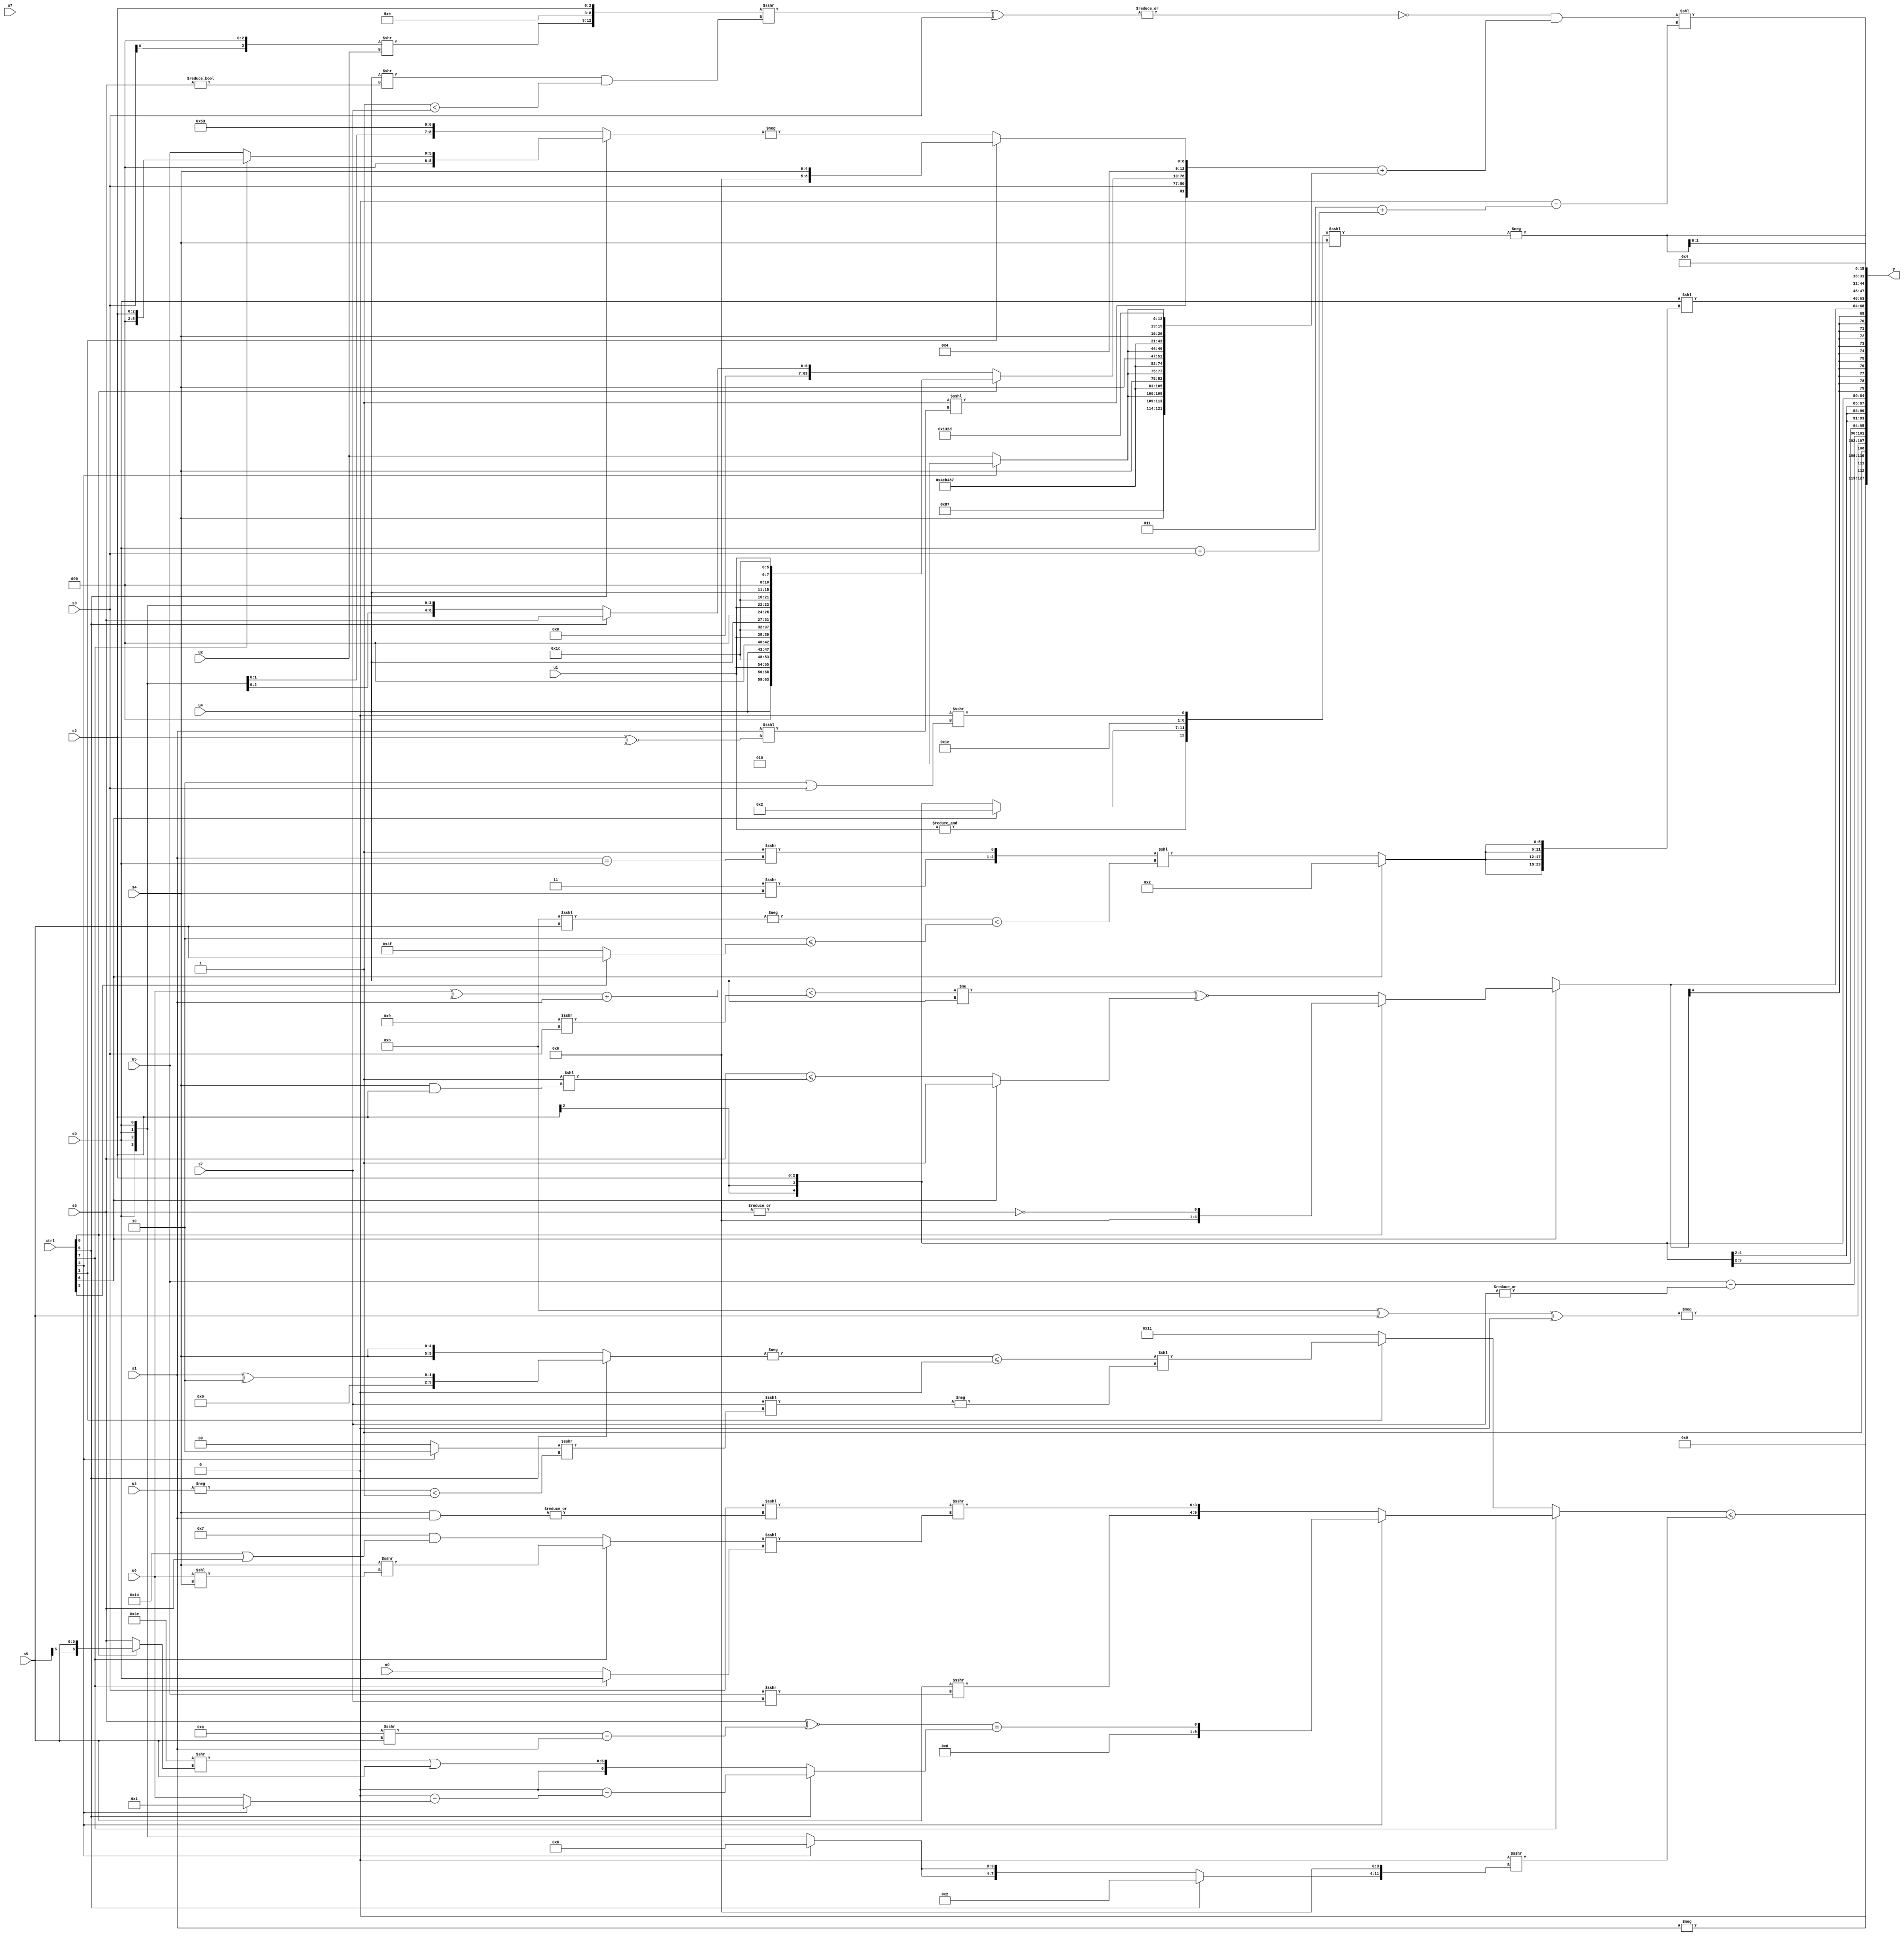
module wideexpr_00887(ctrl, u0, u1, u2, u3, u4, u5, u6, u7, s0, s1, s2, s3, s4, s5, s6, s7, y);
  input [7:0] ctrl;
  input [0:0] u0;
  input [1:0] u1;
  input [2:0] u2;
  input [3:0] u3;
  input [4:0] u4;
  input [5:0] u5;
  input [6:0] u6;
  input [7:0] u7;
  input signed [0:0] s0;
  input signed [1:0] s1;
  input signed [2:0] s2;
  input signed [3:0] s3;
  input signed [4:0] s4;
  input signed [5:0] s5;
  input signed [6:0] s6;
  input signed [7:0] s7;
  output [127:0] y;
  wire [15:0] y0;
  wire [15:0] y1;
  wire [15:0] y2;
  wire [15:0] y3;
  wire [15:0] y4;
  wire [15:0] y5;
  wire [15:0] y6;
  wire [15:0] y7;
  assign y = {y0,y1,y2,y3,y4,y5,y6,y7};
  assign y0 = ((ctrl[7]?(ctrl[3]?((+(s6))^~((+(((2'b11)+(5'sb00111))>>>($signed(s5))))-($signed(s1))))==((ctrl[5]?(2'sb00)-((($signed(s4))<<((5'sb11110)>>>(5'b11001)))-($signed((ctrl[3]?1'b1:u6)))):$signed((((1'sb1)^~(3'b000))>>((ctrl[0]?s5:s6)))|(s5)))):{(s5)>>>((({u5,(ctrl[7]?s6:6'sb111100),3'sb100,s1})>>>(+(4'sb1100)))>>>(s7)),((s3)<<<(|({4{(s4)&(s1)}})))>>>(((ctrl[7]?(s4)>>>((u6)<<(s4)):($signed(6'sb000111))&((6'sb010100)|(s6))))<<<(((ctrl[7]?-(s0):-(u0)))|(1'sb0)))}):(ctrl[1]?((-((ctrl[5]?$signed((s1)^(2'sb10)):{2{$unsigned(s4)}})))<=($signed(~(~&((2'b00)<<<(6'sb011110))))))<<(-((s7)<<<(((ctrl[3]?(3'sb101)^~(1'b0):(1'sb1)<<(6'sb010100)))>>>((-(u3))<(+(2'sb01)))))):5'b10001)))<=({(3'sb000)>>>({(ctrl[5]?4'sb0010:$signed({2{{1{(ctrl[3]?4'sb0110:s0)}}}})),&(3'sb000),3'sb000})});
  assign y1 = {{1{-($signed(s1))}},!(3'sb000),$signed(-(+(((6'sb001011)^(s5))^(1'b0)))),(u5)-(|(s7))};
  assign y2 = s2;
  assign y3 = $signed((ctrl[6]?(ctrl[0]?~|($signed(s6)):((((+(^(u6)))+(s1))<((4'sb1001)>>>(+($signed(s3)))))!=(u4))^~((ctrl[6]?^(6'sb000100):$unsigned((s6)<=((2'sb11)<<((s4)&(s2))))))):u4));
  assign y4 = (s0)<<($signed({4{(ctrl[6]?{6'sb000010}:({(+(2'b11))>>>({1{s4}}),($signed(1'sb1))>>>((s1)==(s0))})<<((-((4'b1011)<<<(s5)))<((+(5'sb11110))<=((ctrl[2]?s5:1'sb1)))))}}));
  assign y5 = {4{-(({$signed(&(u1)),+((ctrl[6]?5'sb00010:s2)),6'sb011110,($unsigned(1'sb0))>>>((2'sb10)|(s3))})<<<(s4))}};
  assign y6 = $signed($signed(5'sb00100));
  assign y7 = ((~|((({((s3)<<<(2'sb11))>>(u2),6'sb001110,s2})>>>(((u4)>>((s6)!=(3'sb000)))&((2'sb11)<(+(s7)))))^(s3)))&(({(1'sb1)<<<((s1)<<<(~^(s2))),s3,{(ctrl[0]?{4{{u4,3'sb000,u1,6'sb011100}}}:{(ctrl[5]?s6:s0)}),4'b0100},(ctrl[1]?s4:-((ctrl[5]?(ctrl[7]?s2:u5):{s0,s0,2'sb10,5'b10011})))})+({4{{$signed(6'sb001000),3'b011,{+(+(1'sb1)),{s4,(ctrl[3]?2'b10:u2),{3'sb100,5'sb11001,5'b01101}}}}}})))<<((2'sb00)-((3'sb011)+((s0)+(s3))));
endmodule